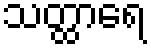
သတ္ထာရေ